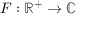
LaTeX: F : \mathbb { R } ^ { + } \to \mathbb { C }